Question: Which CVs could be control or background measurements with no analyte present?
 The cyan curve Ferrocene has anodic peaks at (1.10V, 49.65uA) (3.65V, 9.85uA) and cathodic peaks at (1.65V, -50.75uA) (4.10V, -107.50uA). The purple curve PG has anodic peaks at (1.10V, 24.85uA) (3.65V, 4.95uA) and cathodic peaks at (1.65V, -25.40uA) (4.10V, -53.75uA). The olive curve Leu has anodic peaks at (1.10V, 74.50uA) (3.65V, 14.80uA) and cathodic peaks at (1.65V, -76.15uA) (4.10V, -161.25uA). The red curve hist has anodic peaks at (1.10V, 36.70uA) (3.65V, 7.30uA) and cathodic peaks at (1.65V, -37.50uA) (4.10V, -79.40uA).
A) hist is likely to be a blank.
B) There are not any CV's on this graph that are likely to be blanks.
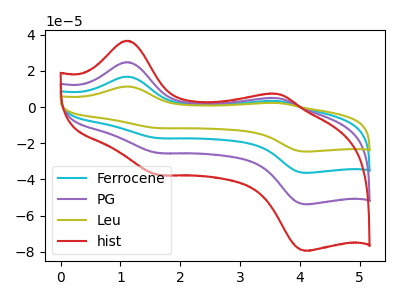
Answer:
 <answer>B) There are not any CV's on this graph that are likely to be blanks.</answer>
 <eval>B</eval>